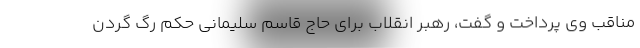
مناقب وی پرداخت و گفت، رهبر انقلاب برای حاج قاسم سلیمانی حکم رگ گردن